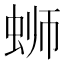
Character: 蛳